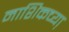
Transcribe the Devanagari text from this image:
नाशिकच्या़